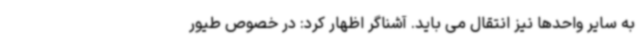
به سایر واحدها نیز انتقال می باید. آشناگر اظهار کرد: در خصوص طیور